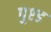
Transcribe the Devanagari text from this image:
पुश्ड